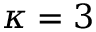
\kappa = 3